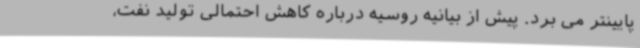
پایینتر می برد. پیش از بیانیه روسیه درباره کاهش احتمالی تولید نفت،